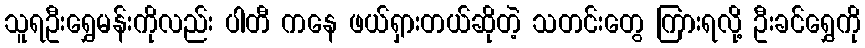
သူရဦးရွှေမန်းကိုလည်း ပါတီ ကနေ ဖယ်ရှားတယ်ဆိုတဲ့ သတင်းတွေ ကြားရလို့ ဦးခင်ရွှေကို